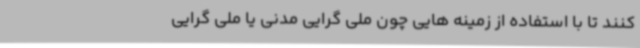
کنند تا با استفاده از زمینه هایی چون ملی گرایی مدنی یا ملی گرایی